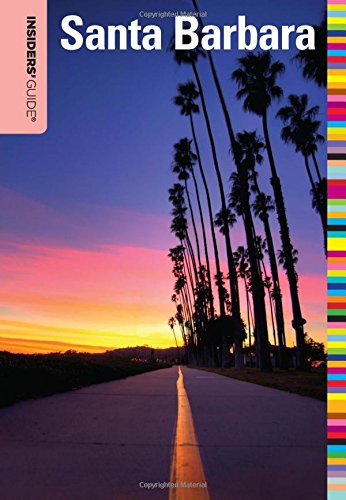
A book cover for Insiders' GuideÂ® to Santa Barbara (Insiders' Guide Series); Leslie Westbrook; Travel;